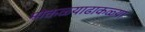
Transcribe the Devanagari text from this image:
मोकळ्याढाकळ्या